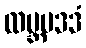
ထမ္ဘမဒဒံ